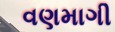
વણમાગી